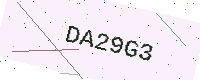
Text: DA29G3